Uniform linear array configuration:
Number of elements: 12
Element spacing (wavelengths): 0.5
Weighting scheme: uniform
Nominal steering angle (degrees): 30
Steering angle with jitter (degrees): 30.136
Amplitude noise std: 0.05
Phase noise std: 0.05

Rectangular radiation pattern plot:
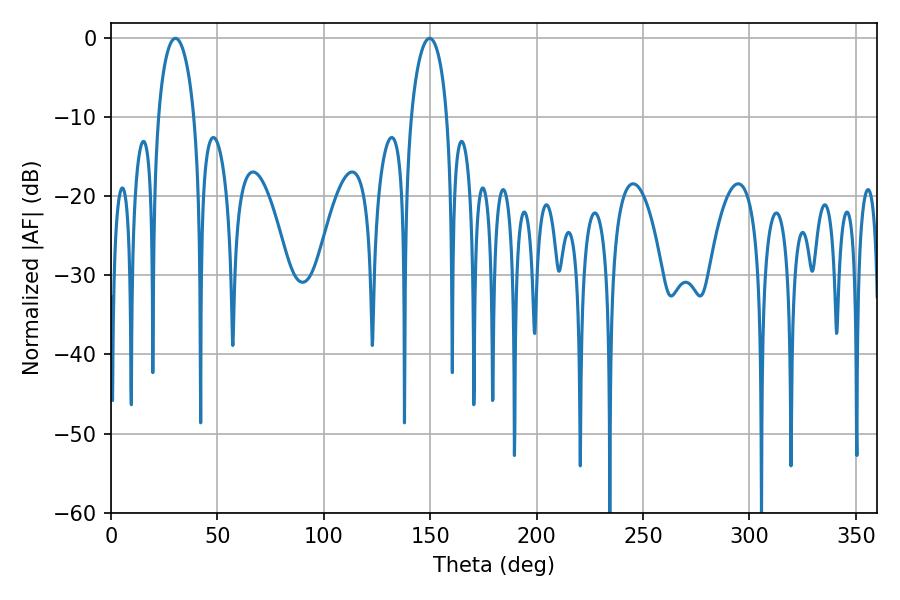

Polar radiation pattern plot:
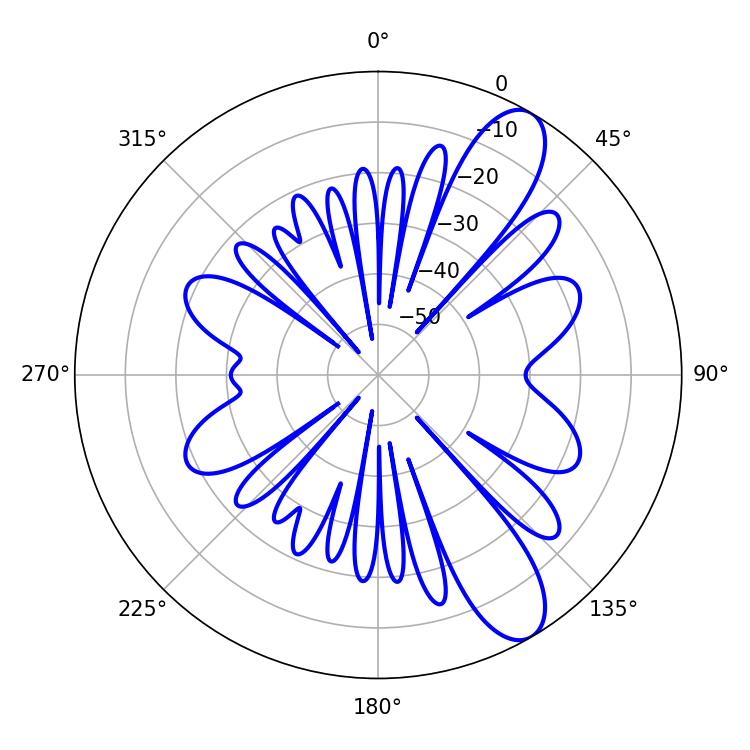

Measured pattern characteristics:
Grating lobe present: FALSE
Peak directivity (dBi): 10.19
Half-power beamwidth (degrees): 9.72
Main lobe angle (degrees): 30.24